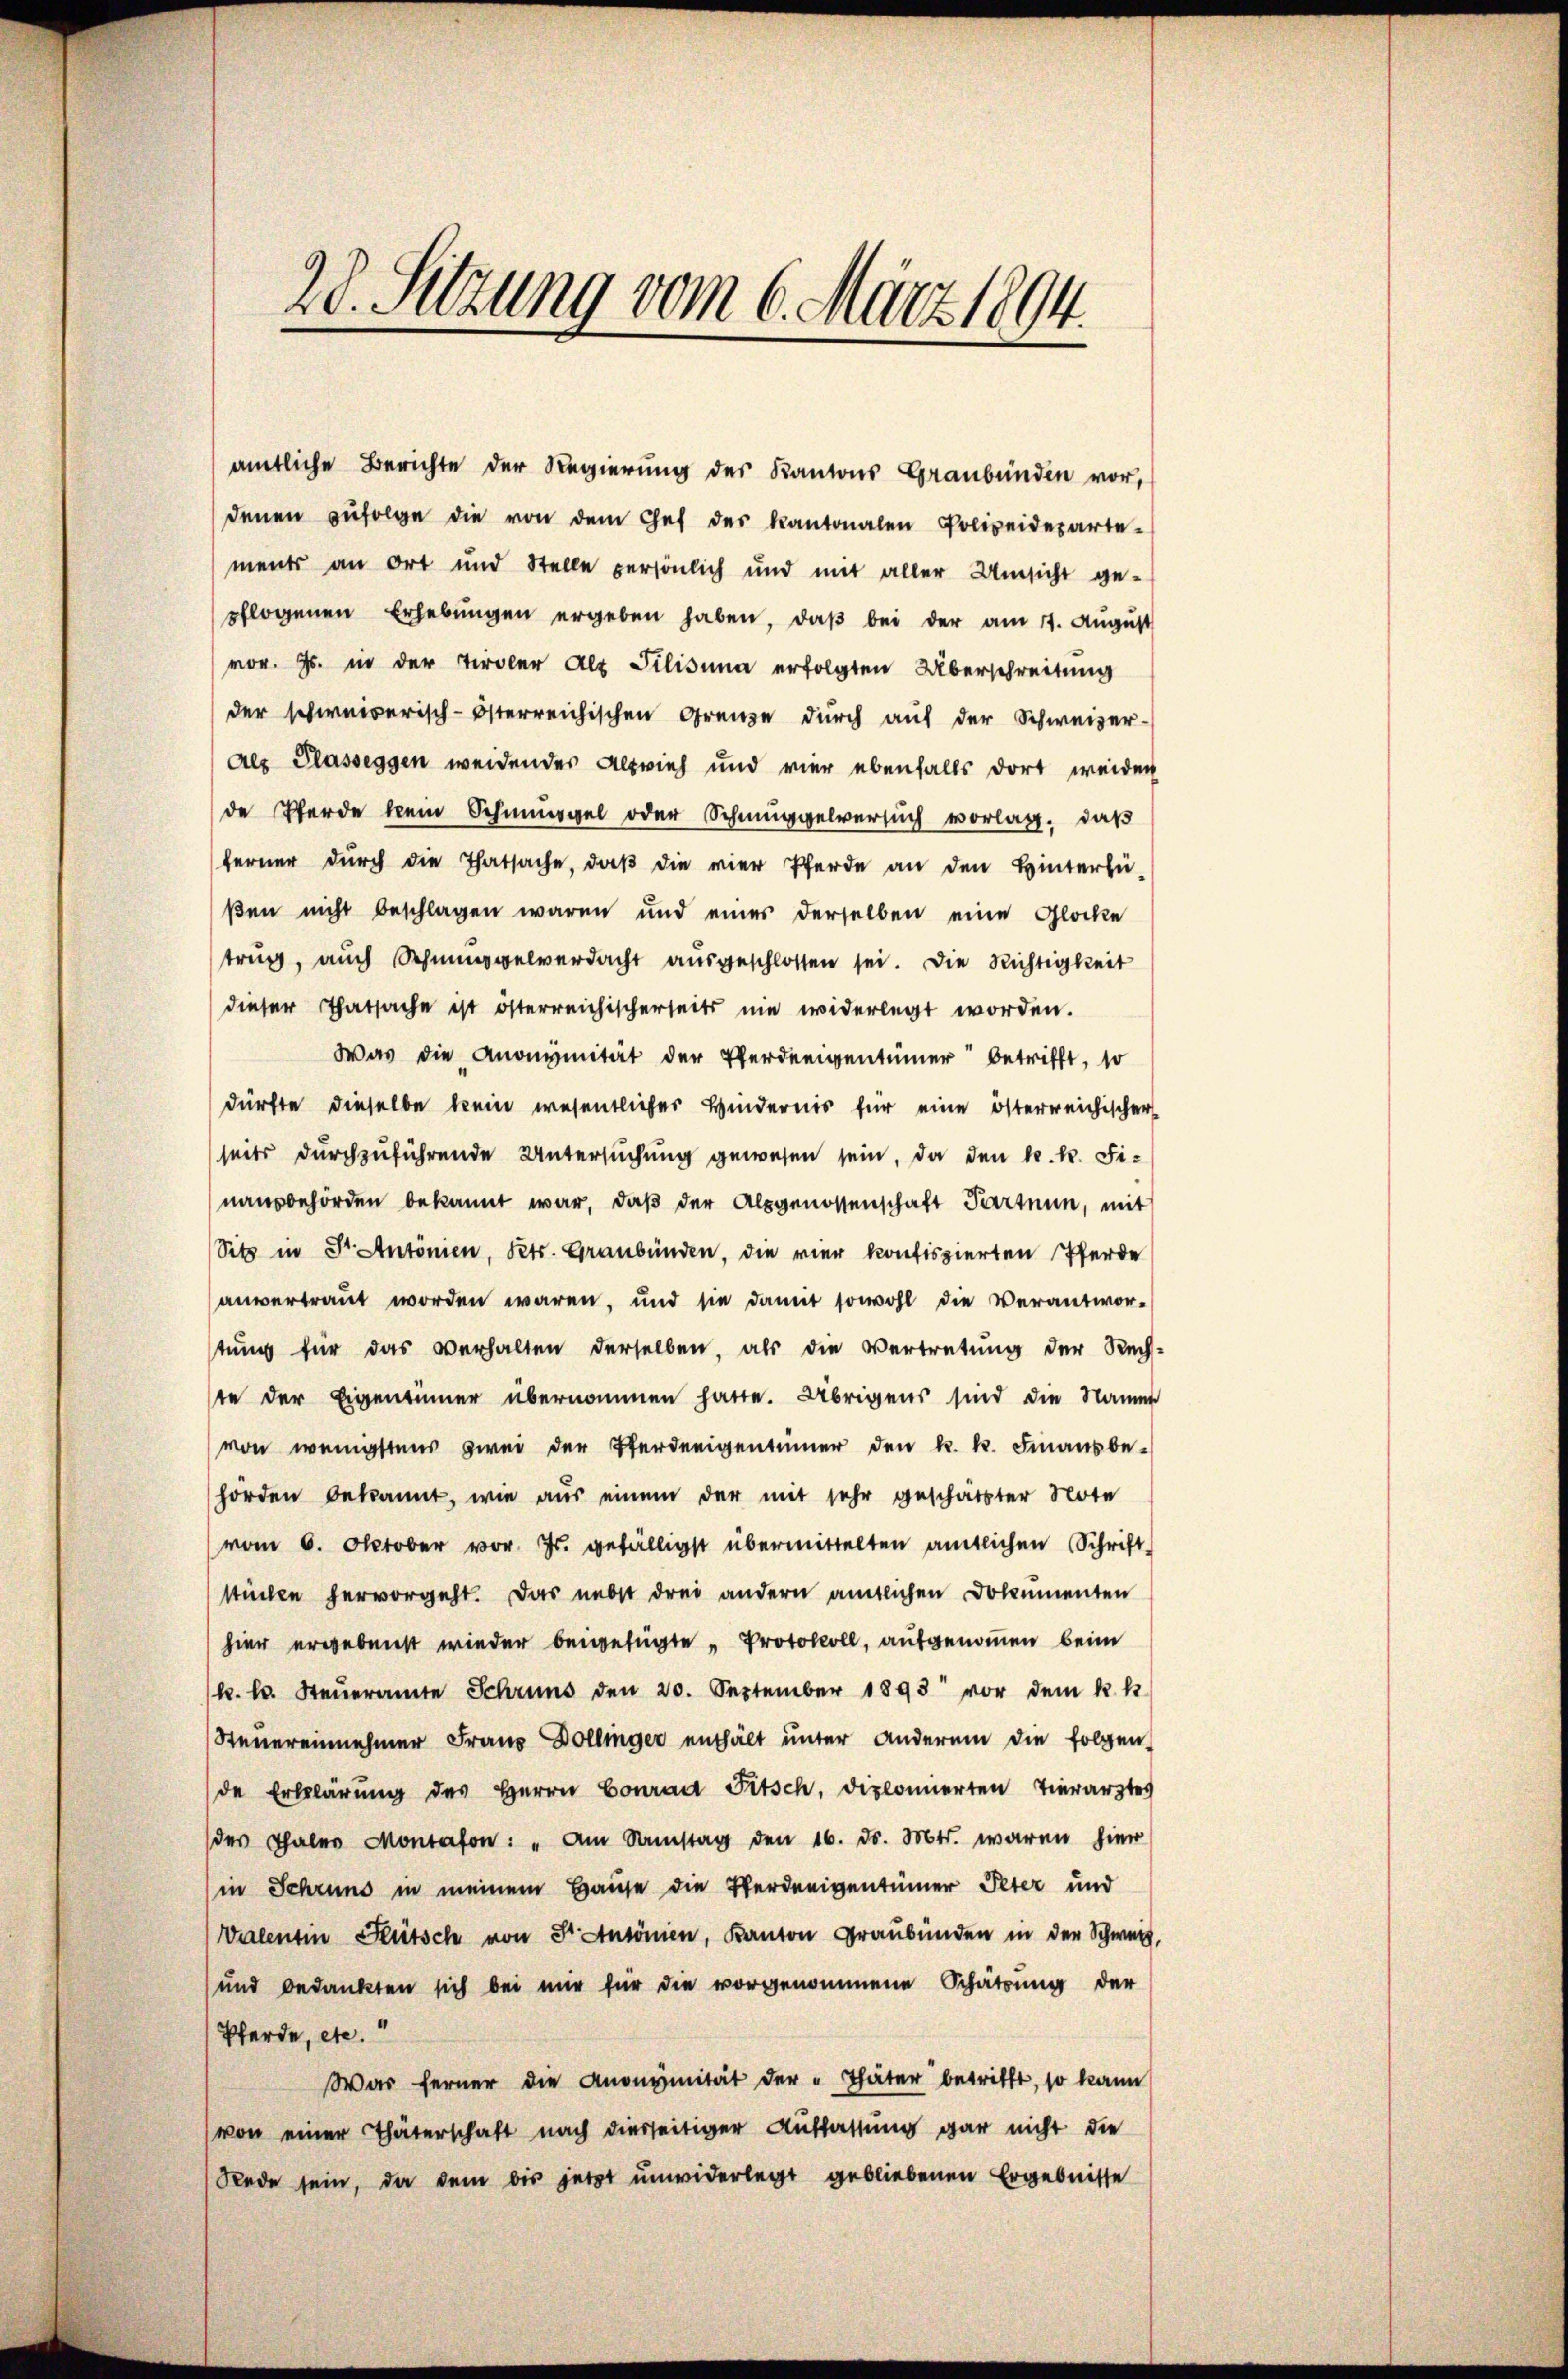
28. Sitzung vom 6. März 1894.

der schweizerisch-österreichischen Grenze durch auf der Schweizer-
Als Glasseggen weidendes Altvieh und vier ebenfalls dort weiden
de Pferde kein Schmiegel oder Schmuggelversuch vorlag, daß
ferner dŭrch die Thatsache, daβ die vier Pferde an den Hinterfü-
ßen nicht beschlagen waren und einer derselben eine Glocke
trug, auch Schnuppelverdacht aŭsgeschlossen sei. Die Richtigkeit
dieser Thatsache ist österreichischerseits nie widerlegt worden.
Was die Anonymität der Pferdeeigentümer betrifft, so
dürfte dieselbe kein wesentlicher Hindernis für eine österreichischer
seits durchzuführende Untersuchung gewesen sein, da den k. k. Fi-
nausbehörden bekannt war, daβ der Alpgenossenschaft Partnun, mit
Sitz in Fr. Antonien, Petr. Graubünden, die vier konfiszierten Pferde
anvertraut worden wären, und sie damit sowohl die Verantwor-
stŭng für das verhalten derselben, als die Vertretŭng der Rech-
ste der Eigentümer übernommen hatte. Übrigens sind die Namen
von wenigstens zwei der Pferdeeigentümer den k. k. Finanzbe-
hörden bekannt, wie aŭs einem der mit sehr geschätzter Note
vom 6. Oktober vor. Js. gefälligst übermittelten amtlichen Schrift-
stücken hervorgeht. Das nebst drei andern amtlichen Dokumenten
hier ergebenst wieder beigefügte „Protokoll, aufgenommen beim
k. l. Steŭeramte Schruns den 20. September 1893 vor dem k. k.
Steuereinnehmer Frau Dollinger enthält unter anderum die folgen-
de Erklärŭng des Herrn Conrad Fritsch, diplonierten Tierarztes
der Thaler Montafon: "Am Samstag den 16. ds. Mts. waren hier
(in Schrund in meinem Hause die Verneigentümer Peter und
Valenten Rütsch von Dr. Antonien, Kanton Graubünden in der Schweiz,
und bedankten sich bei mir für die vorgenommene Schätzung der
Pferde, etc.“
War ferner die Anonymität der "Thäter betrifft, so kann
(von einer Thäterschaft nach diesseitiger Auflassung gar nicht die
Rede sein, da dem bis jetzt unwiderlegt gebliebenen Ergebnisse

amtliche Berichte der Regierung des Kantons Graubünden vor,
denen zŭfolge die von dem Chef der Kantonalen Polizeideparte-
ments an Ort und Stelle persönlich und mit aller Umsicht ge-
pflogenen Erhebŭngen ergeben haben, daβ bei der am 11. Aŭgŭst
vor. Js. in der Tiroler Alt Filisima erfolgten Überschreitung